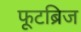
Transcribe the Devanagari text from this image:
फूटब्रिज